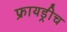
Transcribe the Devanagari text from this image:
फ्रायड्रीच